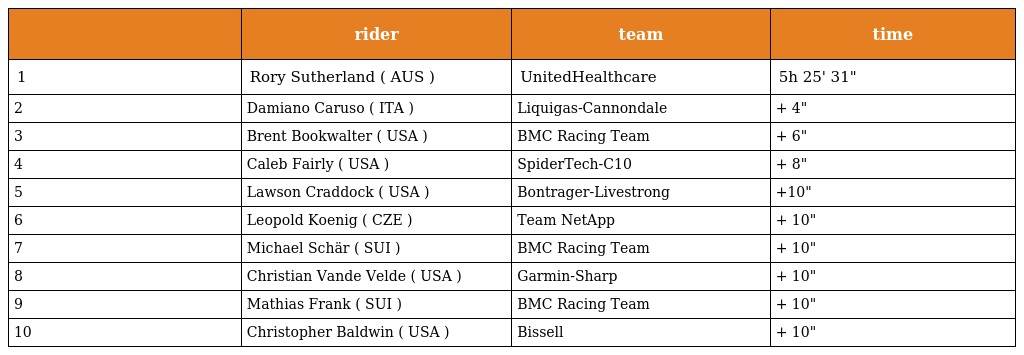
|  | rider | team | time |
 | --- | --- | --- | --- |
 | 1 | Rory Sutherland ( AUS ) | UnitedHealthcare | 5h 25' 31" |
 | 2 | Damiano Caruso ( ITA ) | Liquigas-Cannondale | + 4" |
 | 3 | Brent Bookwalter ( USA ) | BMC Racing Team | + 6" |
 | 4 | Caleb Fairly ( USA ) | SpiderTech-C10 | + 8" |
 | 5 | Lawson Craddock ( USA ) | Bontrager-Livestrong | +10" |
 | 6 | Leopold Koenig ( CZE ) | Team NetApp | + 10" |
 | 7 | Michael Schär ( SUI ) | BMC Racing Team | + 10" |
 | 8 | Christian Vande Velde ( USA ) | Garmin-Sharp | + 10" |
 | 9 | Mathias Frank ( SUI ) | BMC Racing Team | + 10" |
 | 10 | Christopher Baldwin ( USA ) | Bissell | + 10" |